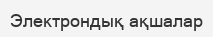
Электрондық ақшалар